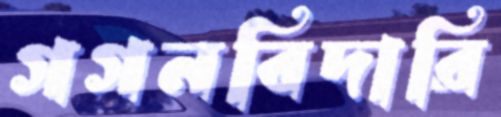
গগনবিদারি